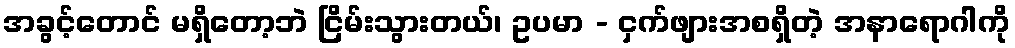
အခွင့်တောင် မရှိတော့ဘဲ ငြိမ်းသွားတယ်၊ ဥပမာ - ငှက်ဖျားအစရှိတဲ့ အနာရောဂါကို